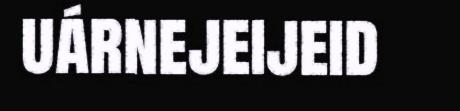
uárnejeijeid